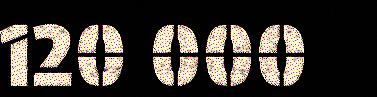
120 000